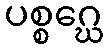
ပစ္စဂ္ဃေ